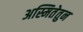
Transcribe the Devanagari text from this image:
अस्मितेतुन